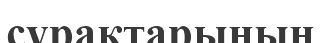
сұрақтарының